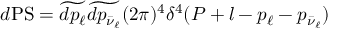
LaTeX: d \mathrm { P S } = \widetilde { d p _ { \ell } } \widetilde { d p _ { \bar { \nu } _ { \ell } } } ( 2 \pi ) ^ { 4 } \delta ^ { 4 } ( P + l - p _ { \ell } - p _ { \bar { \nu } _ { \ell } } )